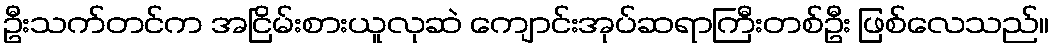
ဦးသက်တင်က အငြိမ်းစားယူလုဆဲ ကျောင်းအုပ်ဆရာကြီးတစ်ဦး ဖြစ်လေသည်။